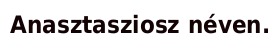
Anasztasziosz néven.